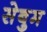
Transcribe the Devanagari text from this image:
सेबुम